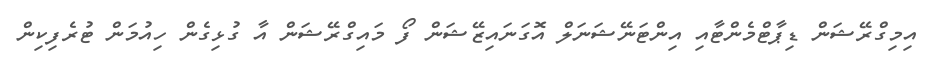
އިމިގްރޭޝަން ޑިޕާޓްމެންޓާއި އިންޓަނޭޝަނަލް އޮގަނައިޒޭޝަން ފޯ މައިގްރޭޝަން އާ ގުޅިގެން ހިއުމަން ޓުރެފިކިން